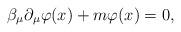
LaTeX: \begin{align*}\beta _\mu \partial _\mu \varphi (x)+m\varphi (x)=0 , \end{align*}